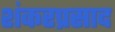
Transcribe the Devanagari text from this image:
शंकरप्रसाद